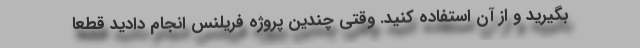
بگیرید و از آن استفاده کنید. وقتی چندین پروژه فریلنس انجام دادید قطعا